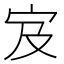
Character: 𫲼